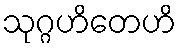
သုဂ္ဂဟိတေဟိ